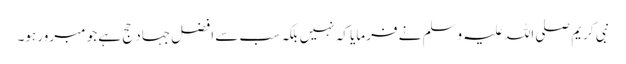
نبی کریم صلی اللہ علیہ وسلم نے فرمایا کہ نہیں بلکہ سب سے افضل جہاد حج ہے جو مبرور ہو۔